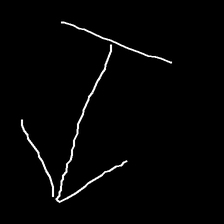
Glyph: levitation